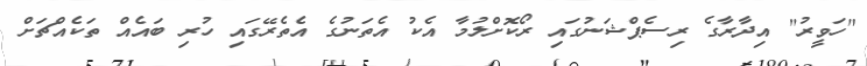
"ހަވީރު" އިދާރާގެ ރިސެޕްޝަނުގައި ރޯކޮށްލުމާ އެކު އެތަނުގެ އެތެރޭގައި ހުރި ބައެއް ތަކެއްޗަށް